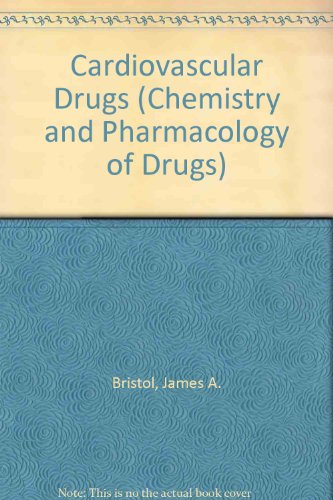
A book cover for Cardiovascular Drugs (Chemistry and Pharmacology of Drugs); James A. Bristol; Medical Books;